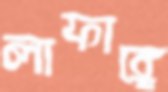
লাফাঙ্গে